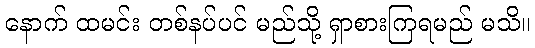
နောက် ထမင်း တစ်နပ်ပင် မည်သို့ ရှာစားကြရမည် မသိ။